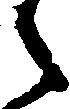
之